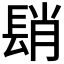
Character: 𨲆